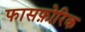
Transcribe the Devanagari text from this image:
फासफ़ोरिक